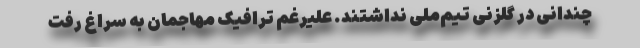
چندانی در گلزنی تیم‌ملی نداشتند. علیرغم ترافیک مهاجمان به سراغ رفت